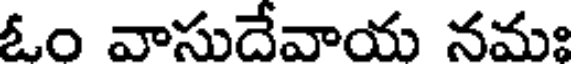
ఓం వాసుదేవాయ నమః